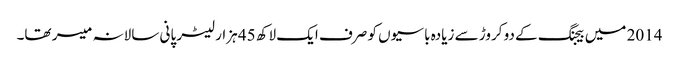
2014 میں بیجنگ کے دو کروڑ سے زیادہ باسیوں کو صرف ایک لاکھ 45 ہزار لیٹر پانی سالانہ میسر تھا۔